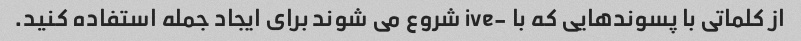
از کلماتی با پسوندهایی که با -ive شروع می شوند برای ایجاد جمله استفاده کنید.